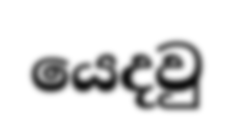
යෙදවු